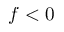
f < 0